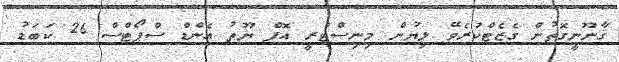
ޤާނޫނީގޮތުން ގެޒެޓްކުރެވޭ ލިޔުން މިނިސްޓްރީ އޮފް ޔޫތު އެންޑް ސްޕޯޓްސް 26 ކަބަޑު